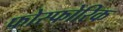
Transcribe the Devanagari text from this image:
फोस्फोरिक